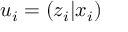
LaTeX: u _ { i } = \left( z _ { i } | x _ { i } \right)